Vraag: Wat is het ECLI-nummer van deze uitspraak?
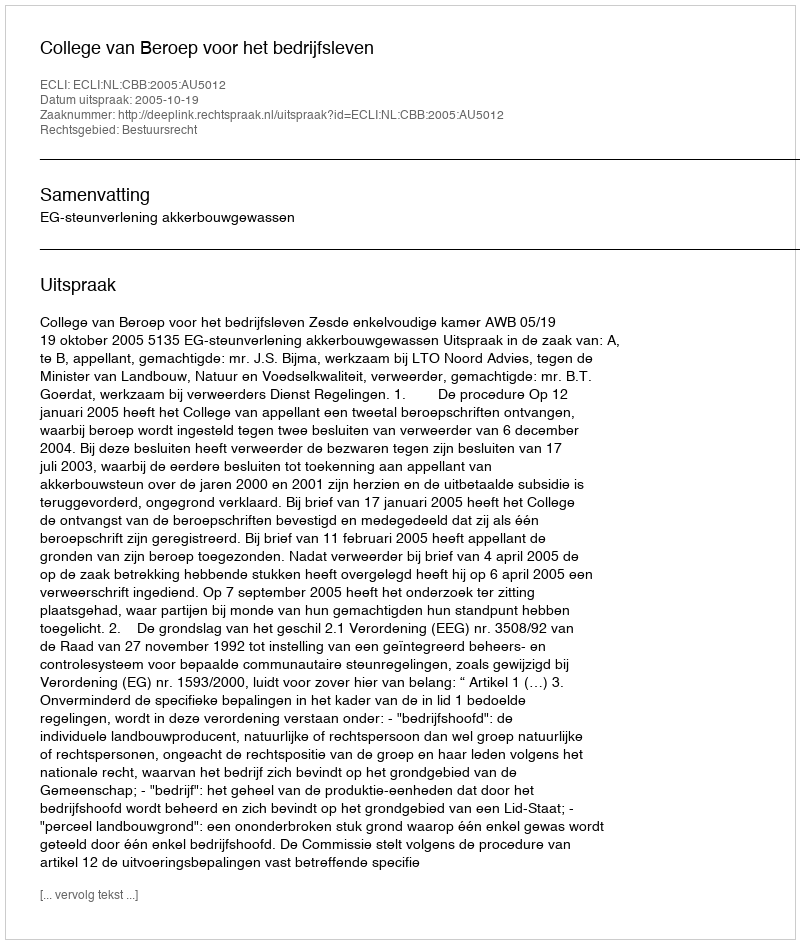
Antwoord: ECLI:NL:CBB:2005:AU5012